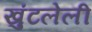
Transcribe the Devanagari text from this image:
खुंटलेली